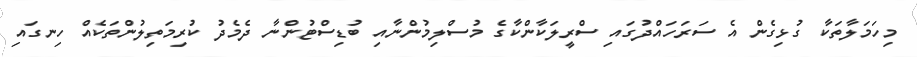
މިހަމަލާތަކާ ގުޅިގެން އެ ސަރަހައްދުގައި ސްރީލަކާންކާގެ މުސްލިމުންނާއި ބުޑިސްޓުންނާ ދެމެދު ކުރިމަތިލުންތަކެއް ހިނގައި